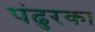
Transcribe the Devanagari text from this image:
पंढुरका